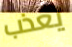
يعذب